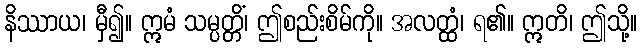
နိဿာယ၊ မှီ၍။ ဣမံ သမ္ပတ္တိံ၊ ဤစည်းစိမ်ကို။ အလတ္ထံ၊ ရ၏။ ဣတိ၊ ဤသို့။